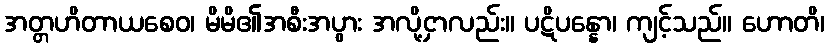
အတ္တဟိတာယစေဝ၊ မိမိ၏အစီးအပွား အလို့ငှာလည်း။ ပဋိပန္နော၊ ကျင့်သည်။ ဟောတိ၊